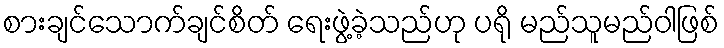
စားချင်သောက်ချင်စိတ် ရေးဖွဲ့ခဲ့သည်ဟု ပရို မည်သူမည်ဝါဖြစ်